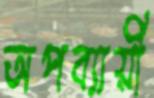
অপব্যায়ী